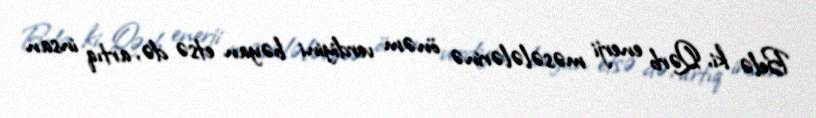
Belə ki, Qərb enerji məsələlərinə önəm verdiyini bəyan etsə də, artıq insan